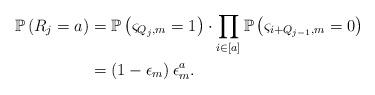
LaTeX: \begin{align*}\begin{aligned}\mathbb{P}\left(R_j=a\right)&=\mathbb{P}\left(\varsigma_{Q_{j},m}=1\right)\cdot\prod_{i\in [a]}\mathbb{P}\left(\varsigma_{i+Q_{j-1},m}=0\right)\\&=\left(1-\epsilon_m\right)\epsilon^a_m.\end{aligned}\end{align*}